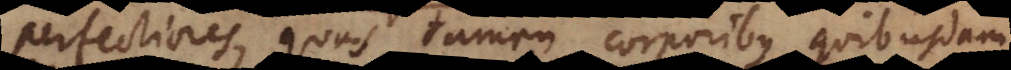
perfectiores, quas tamen corporibus quibusdam